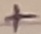
Text: +